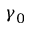
\gamma _ { 0 }